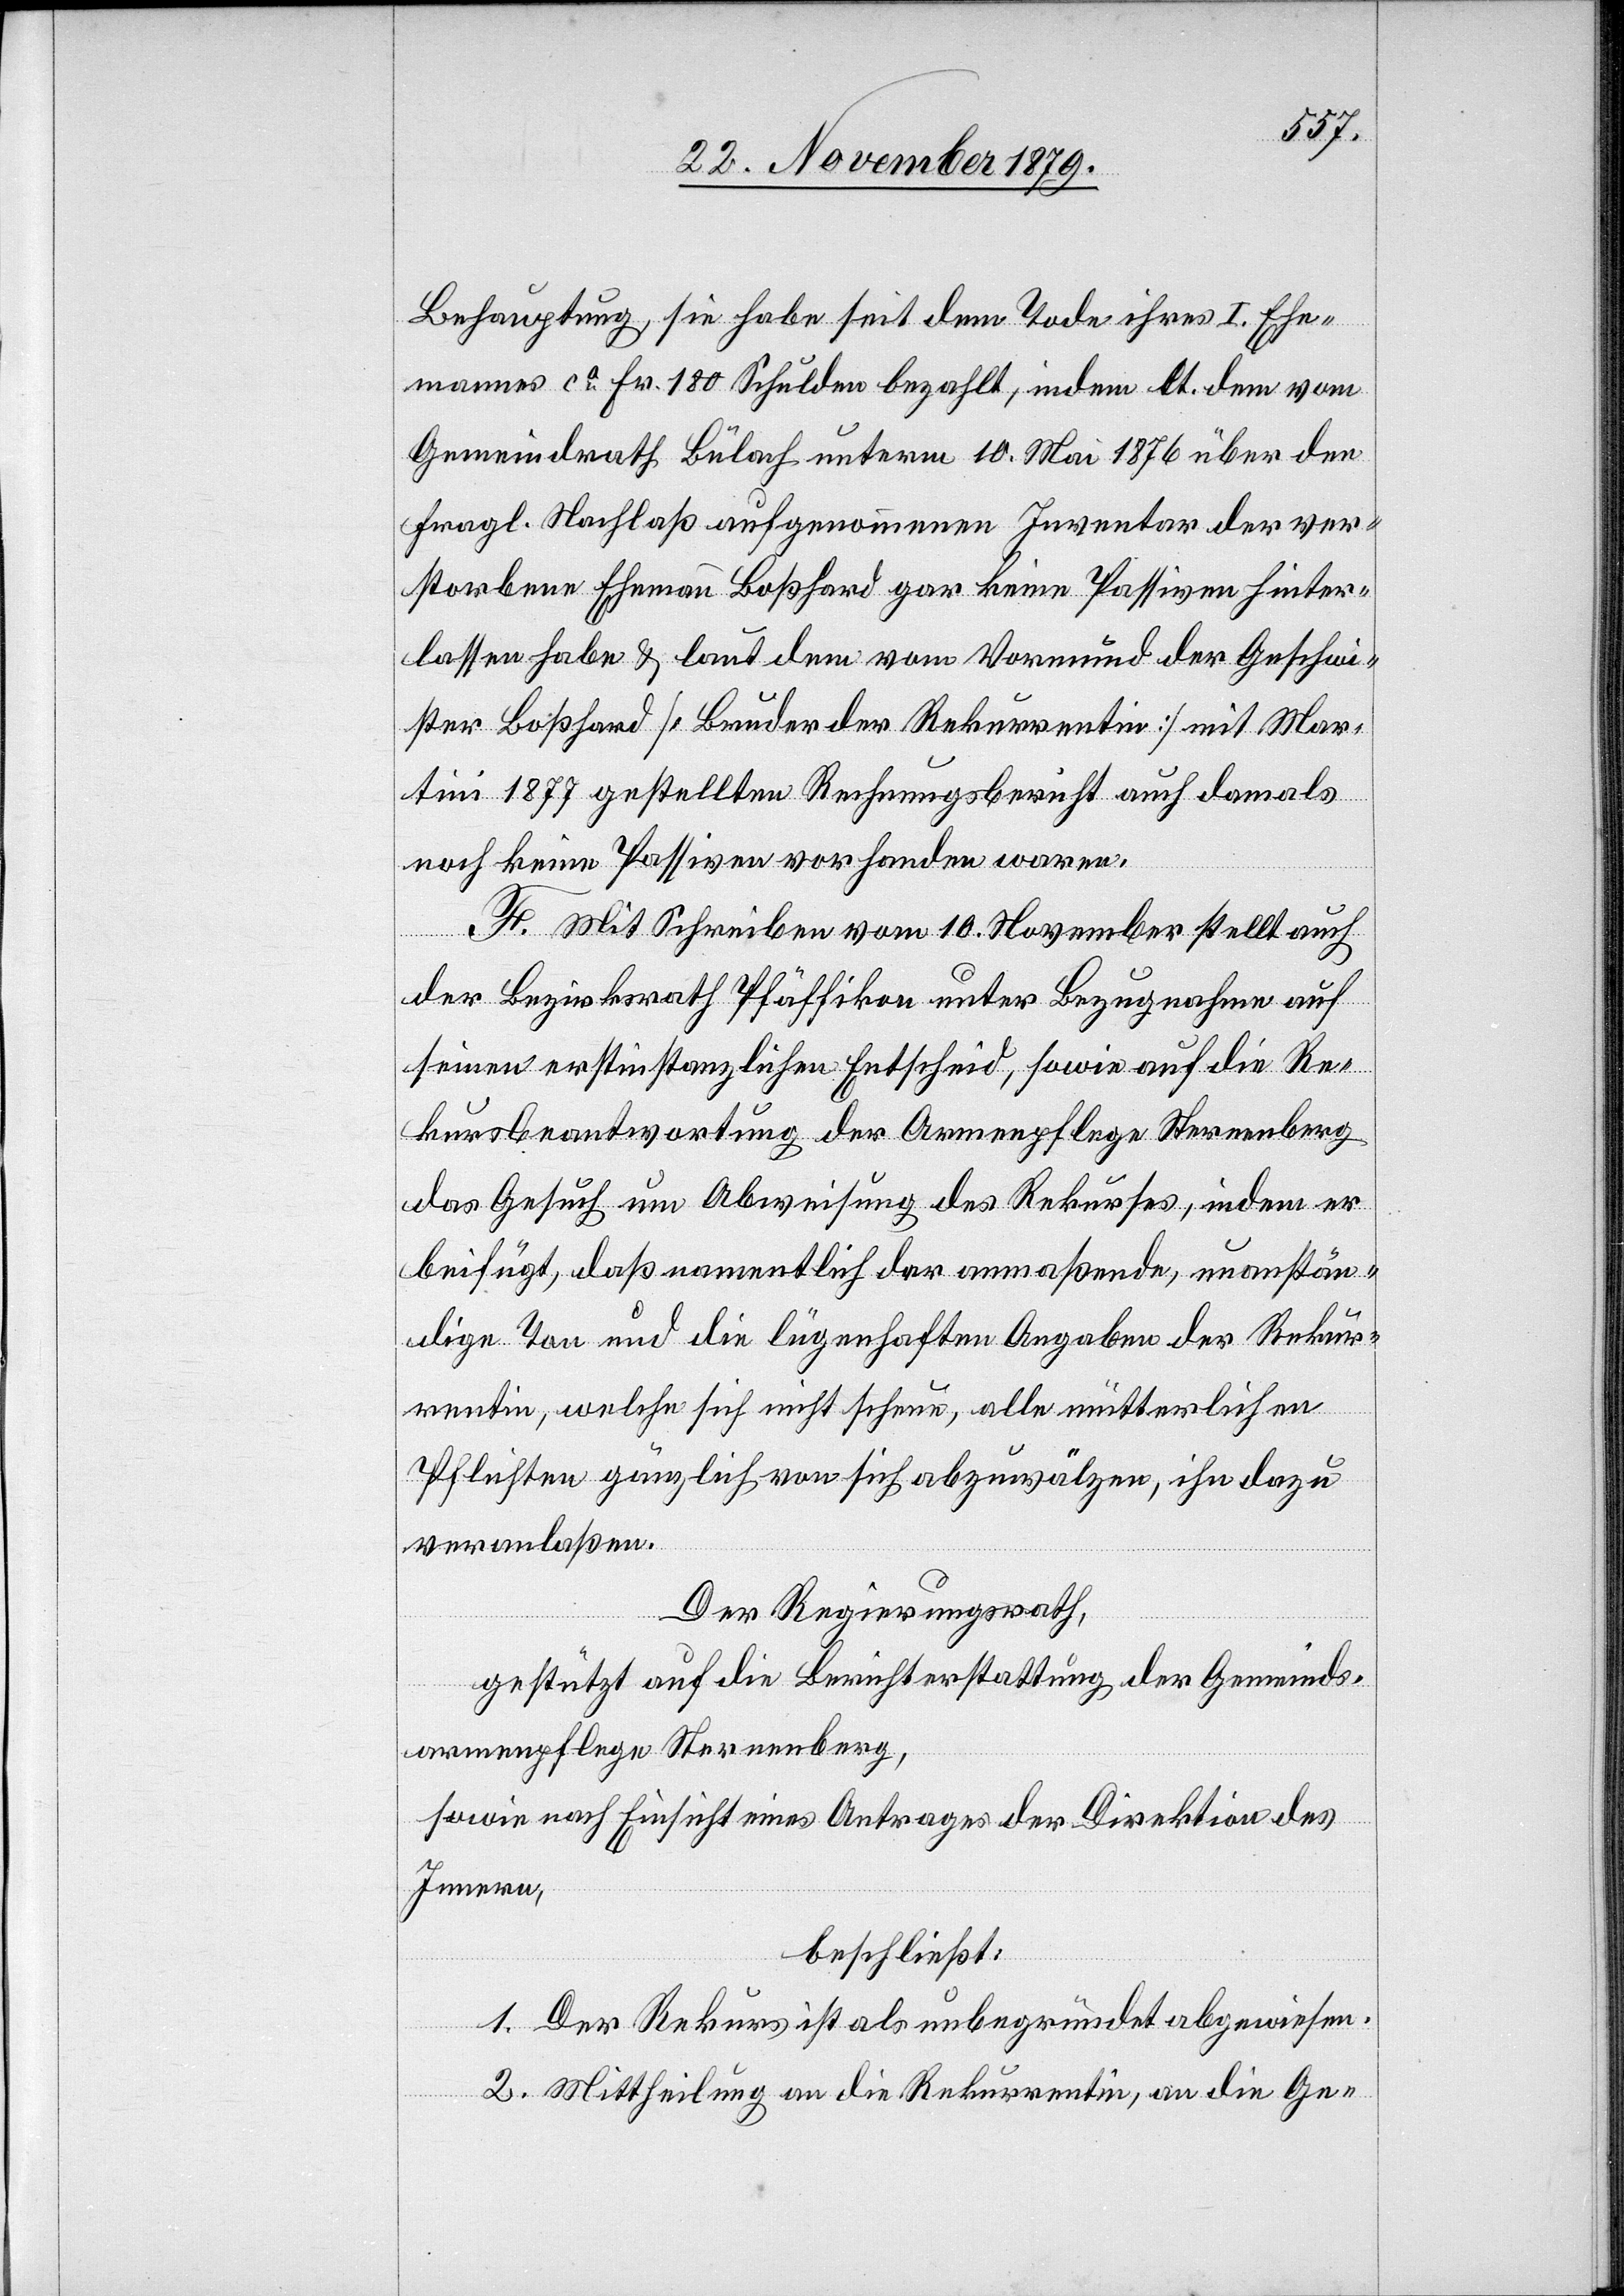
Behauptung, sie habe seit dem Tode ihres I. Ehe¬
mannes ca Fr. 180 Schulden bezahlt, indem lt. dem vom
Gemeindrath Bülach unterm 10. Mai 1876 über den
fragl. Nachlaß aufgenommenen Inventar der ver¬
storbene Ehemann Boßhard gar keine Passiven hinter¬
lassen habe & laut dem vom Vormund der Geschwi¬
ster Boßhard [Bruder der Rekurrentin] mit Mar¬
tini 1877 gestellten Rechnungsbericht auch damals
noch keine Passiven vorhanden waren.
F. Mit Schreiben vom 10. November stellt auch
der Bezirksrath Pfäffikon unter Bezugnahme auf
seinen erstinstanzlichen Entscheid, sowie auf die Re¬
kursbeantwortung der Armenpflege Sternenberg
das Gesuch um Abweisung des Rekurses, indem er
beifügt, daß namentlich der anmaßende, unanstän¬
dige Ton und die lügenhaften Angaben der Rekur¬
rentin, welche sich nicht scheue, alle mütterlichen
Pflichten gänzlich von sich abzuwälzen, ihn dazu
veranlaßen.
Der Regierungsrath,
gestützt auf die Berichterstattung der Gemeinds¬
armenpflege Sternenberg,
sowie nach Einsicht eines Antrages der Direktion des
Innern,
beschließt:
1. Der Rekurs ist als unbegründet abgewiesen.
2. Mittheilung an die Rekurrentin, an die Ge-